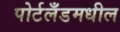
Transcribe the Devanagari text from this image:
पोर्टलँडमधील